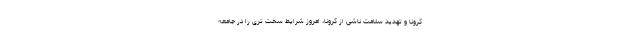
کرونا و تهدید سلامت ناشی از کرونا، امروز شرایط سخت تری را در جامعه